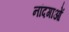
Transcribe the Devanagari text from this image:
नांदगाओं